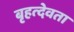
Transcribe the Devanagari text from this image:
बृहत्देवता